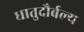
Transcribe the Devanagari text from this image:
धातुदौर्बल्य